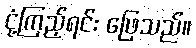
ငုံ့ကြည့်ရင်း ဖြေသည်။